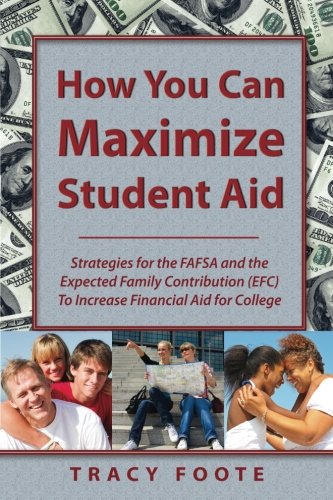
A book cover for How You Can Maximize Student Aid: Strategies for the FAFSA and the Expected Family Contribution (EFC) To Increase Financial Aid for College; Tracy Foote; Education & Teaching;